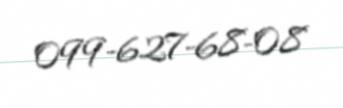
099-627-68-08